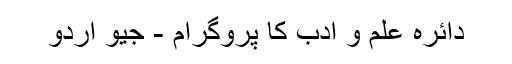
دائرہ علم و ادب کا پروگرام - جیو اردو